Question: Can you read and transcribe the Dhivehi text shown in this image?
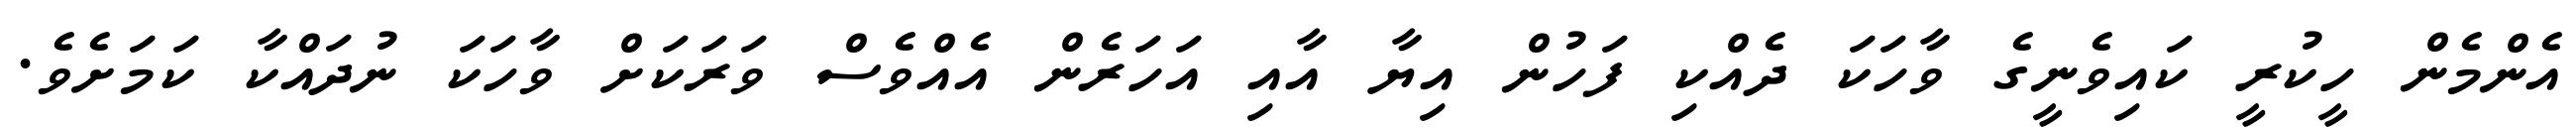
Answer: އެންމެން ހީކުރީ ކައިވެނީގެ ވާހަކަ ދެއްކި ފަހުން އިޔާ އާއި އަހަރެން އެއްވެސް ވަރަކަށް ވާހަކަ ނުދައްކާ ކަމަށެވެ.